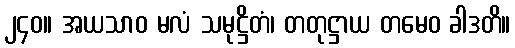
၂၄၀။ အယသာဝ မလံ သမုဋ္ဌိတံ၊ တတုဋ္ဌာယ တမေဝ ခါဒတိ။